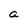
Character: a